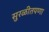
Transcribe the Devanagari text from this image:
सुरळीतपणा